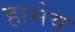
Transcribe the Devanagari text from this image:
हामेय